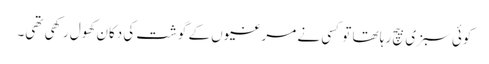
کوئی سبزی بیچ رہا تھا تو کسی نے مرغیوں کے گوشت کی دکان کھول رکھی تھی۔